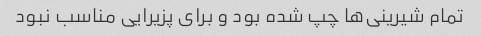
تمام شیرینی‌ها چپ شده بود و برای پزیرایی مناسب نبود